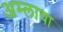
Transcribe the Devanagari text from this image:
अम्‍लाचा